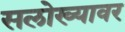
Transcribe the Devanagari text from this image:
सलोख्यावर